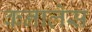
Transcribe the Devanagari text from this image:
कनालेस